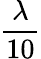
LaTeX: \frac{\lambda}{10}